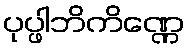
ပုပ္ဖါဘိကိဏ္ဏေ